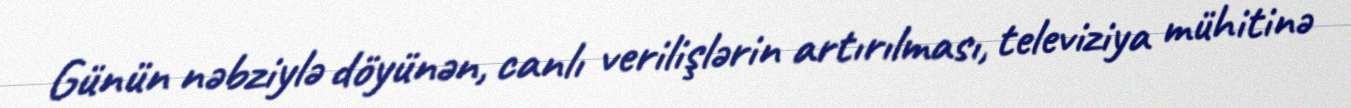
Günün nəbziylə döyünən, canlı verilişlərin artırılması, televiziya mühitinə